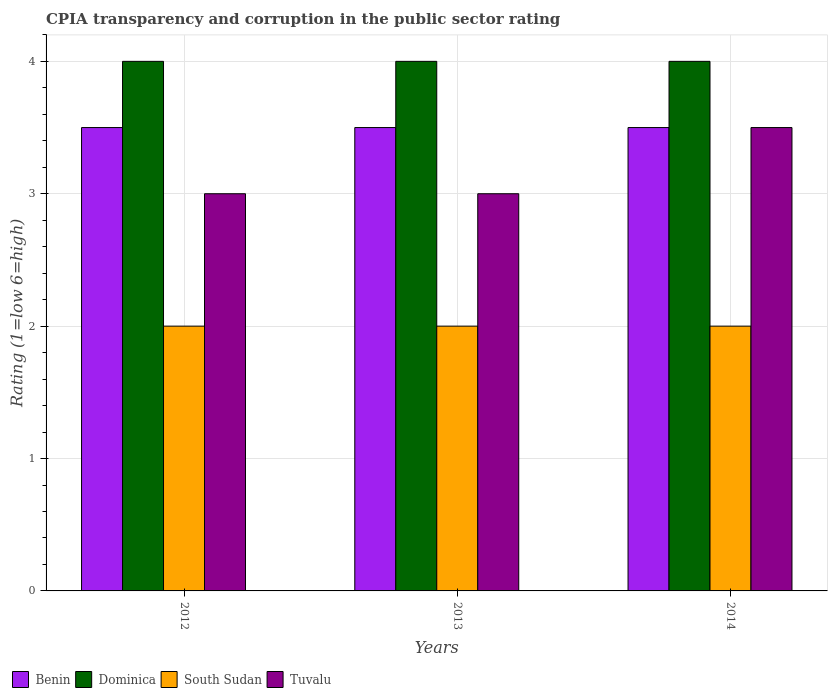
| Years | Benin | Dominica | South Sudan | Tuvalu |
 | --- | --- | --- | --- | --- |
 | 2012 | 3.5 | 4 | 2 | 3 |
 | 2013 | 3.5 | 4 | 2 | 3 |
 | 2014 | 3.5 | 4 | 2 | 3.5 |